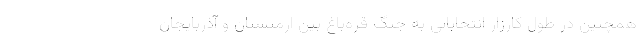
همچنین در طول کارزار انتخاباتی به جنگ قره‌باغ بین ارمنستان و آذربایجان